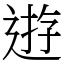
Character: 逰